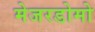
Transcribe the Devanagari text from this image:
मेजरडोमो